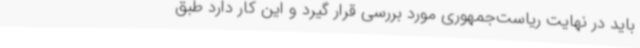
باید در نهایت ریاست‌جمهوری مورد بررسی قرار گیرد و این کار دارد طبق